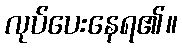
လုပ်ပေးနေရ၏။